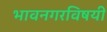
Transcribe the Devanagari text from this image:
भावनगरविषयी